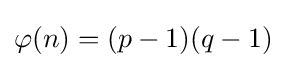
\varphi (n)=(p-1)(q-1)